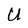
Character: U